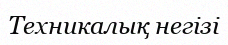
Техникалық негізі